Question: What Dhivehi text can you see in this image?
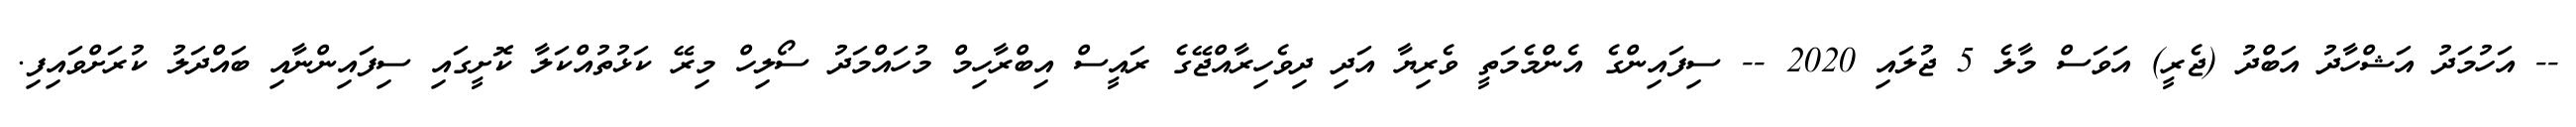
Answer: -- އަހުމަދު އަޝްހާދު އަބްދު (ޖެރީ) އަވަސް މާލެ 5 ޖުލައި 2020 -- ސިފައިންގެ އެންމެމަތީ ވެރިޔާ އަދި ދިވެހިރާއްޖޭގެ ރައީސް އިބްރާހިމް މުހައްމަދު ސޯލިހް މިރޭ ކަޅުތުއްކަލާ ކޮށީގައި ސިފައިންނާއި ބައްދަލު ކުރަށްވައިފި.